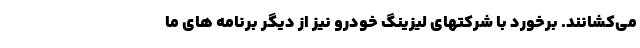
می‌کشانند. برخورد با شرکتهای لیزینگ خودرو نیز از دیگر برنامه های ما